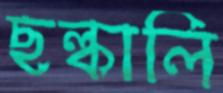
ছল্‌কালি